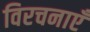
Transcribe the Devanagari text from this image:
विरचनाएँ